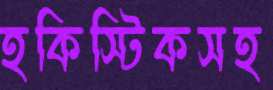
হকিস্টিকসহ